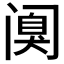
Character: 𰿸